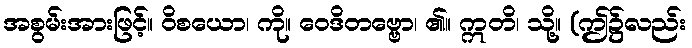
အစွမ်းအားဖြင့်။ ဝိစယော၊ ကို။ ဝေဒိတဗ္ဗော၊ ၏။ ဣတိ၊ သို့။ (ဤ၌လည်း